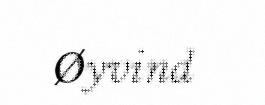
Øyvind